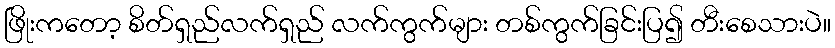
ဖြိုးကတော့ စိတ်ရှည်လက်ရှည် လက်ကွက်များ တစ်ကွက်ခြင်းပြ၍ တီးစေသားပဲ။